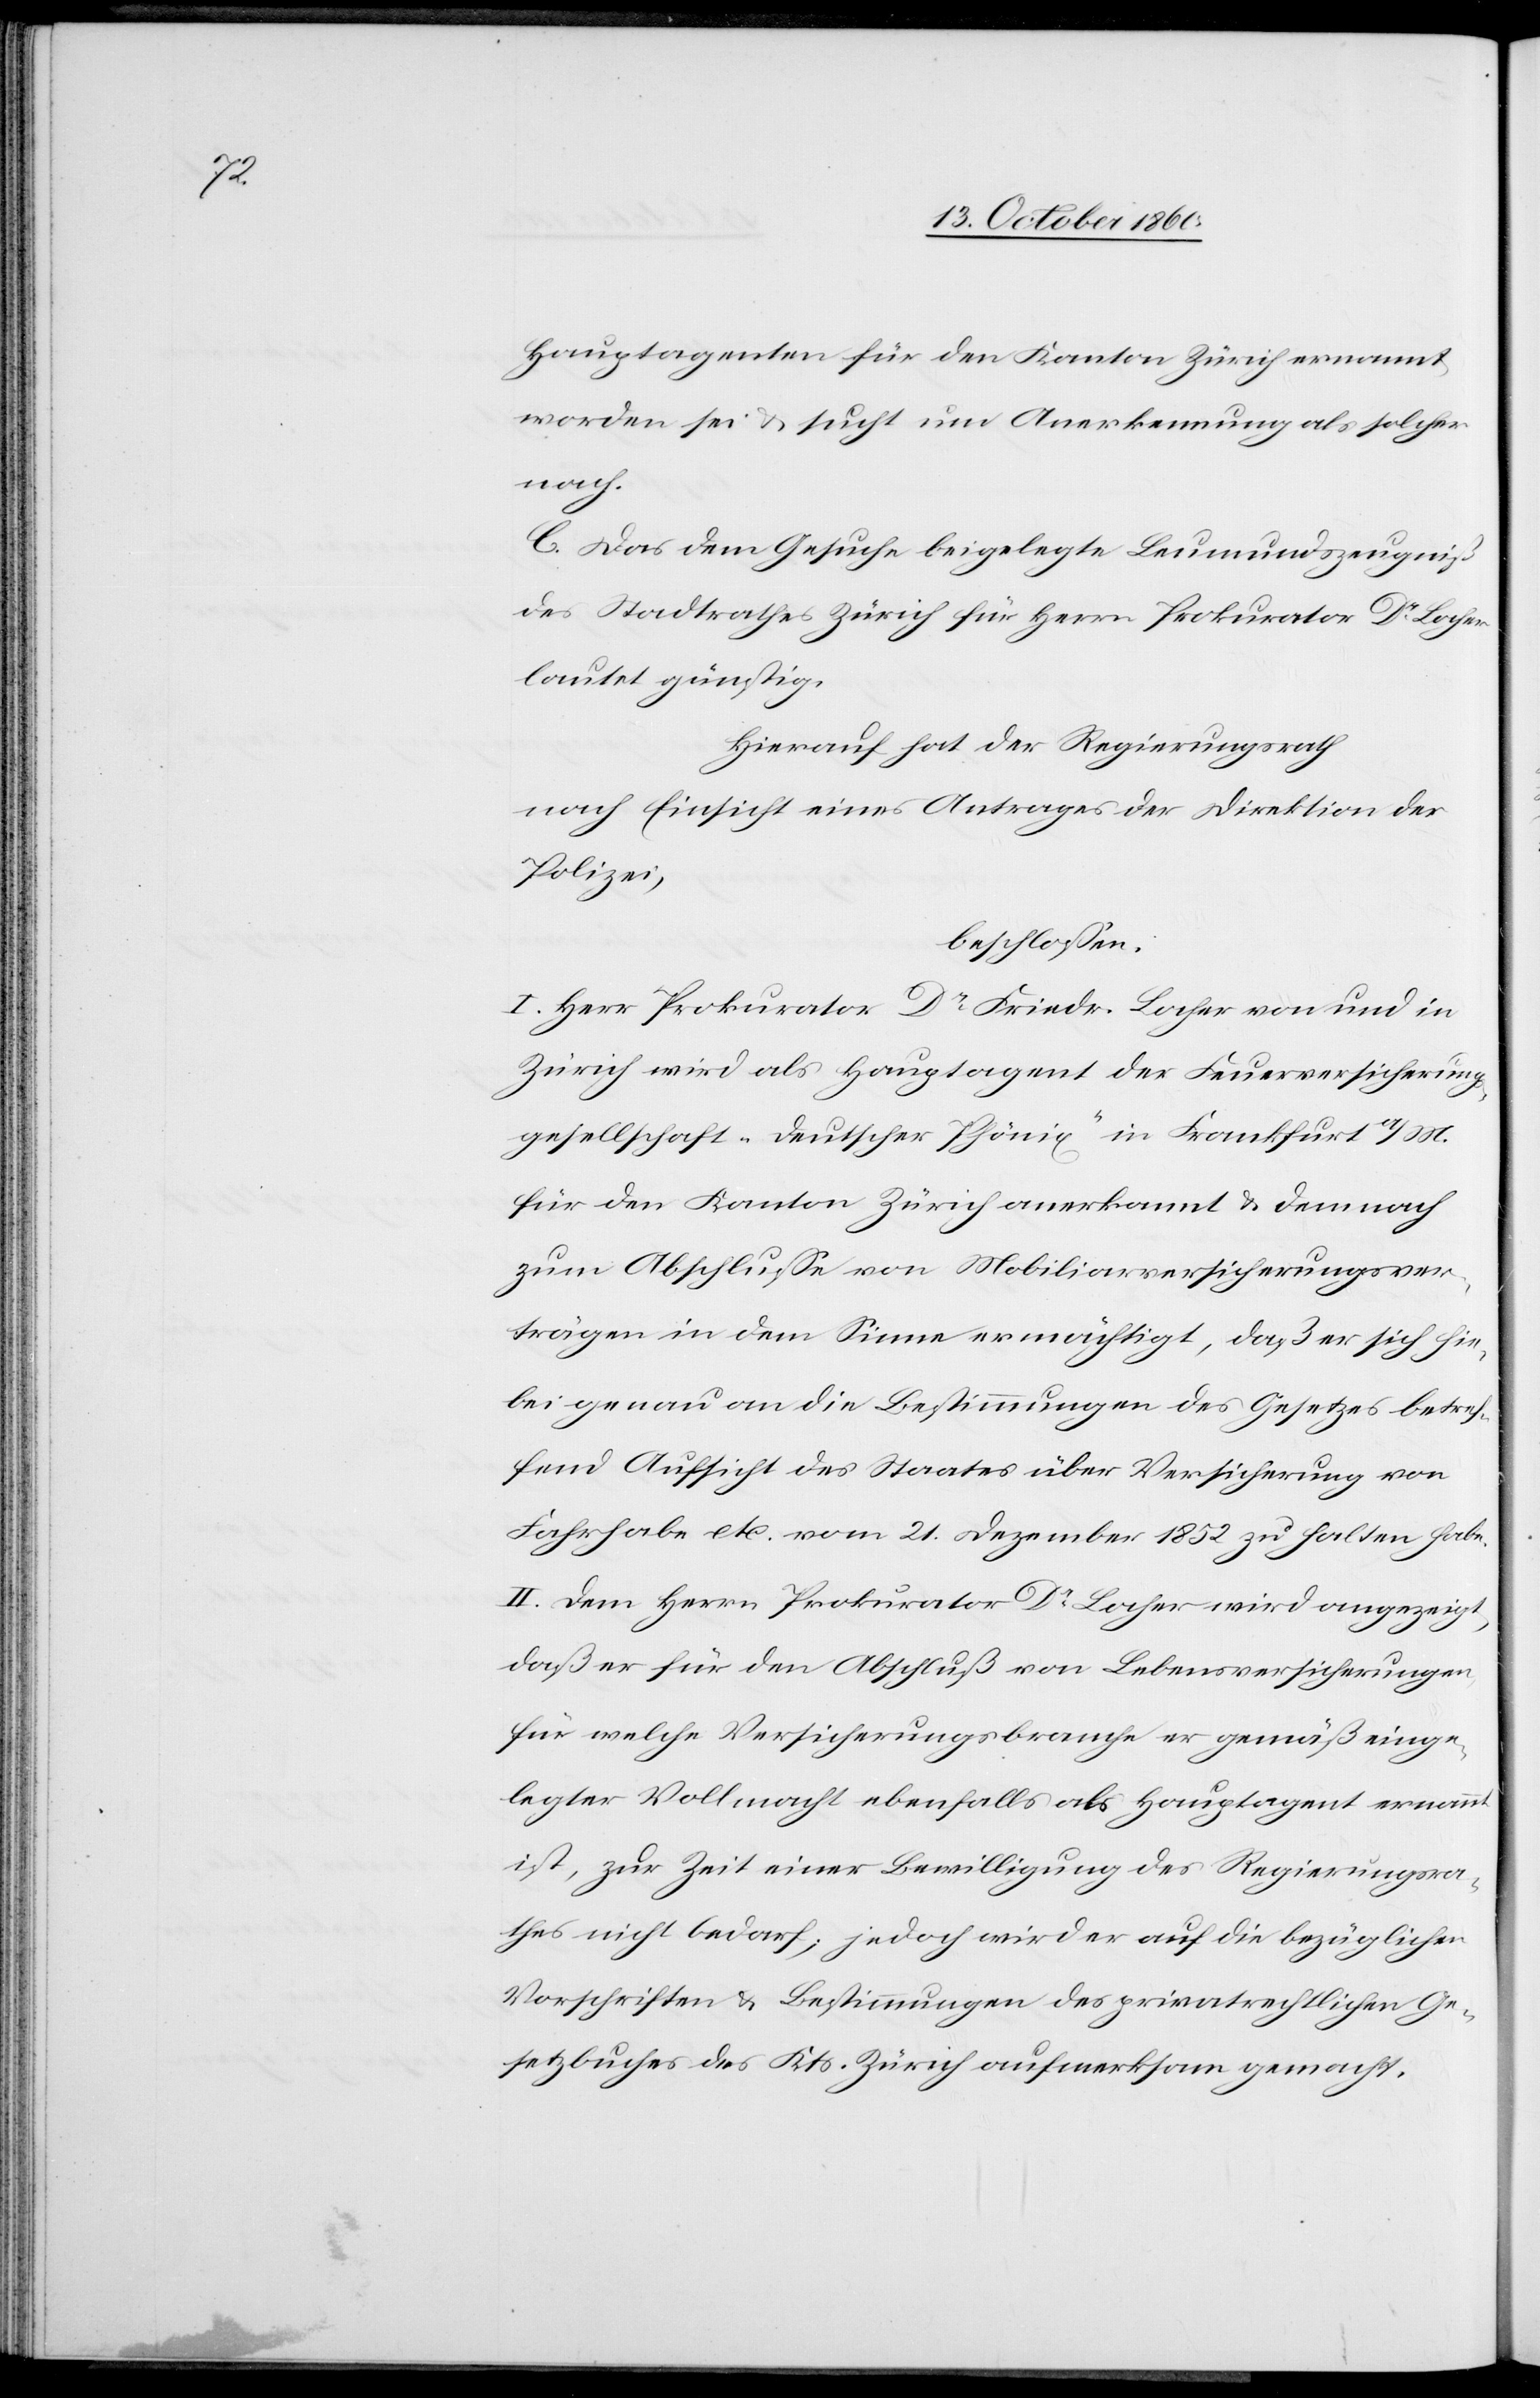
Hauptagenten für den Kanton Zürich ernannt
worden sei u. sucht um Anerkennung als solcher
nach.
C. Das dem Gesuche beigelegte Leumundszeugniß
des Stadtrathes Zürich für Herrn Prokurator Dr Locher
lautet günstig.
Hierauf hat der Regierungsrath
nach Einsicht eines Antrages der Direktion der
Polizei,
beschlossen:
I. Herr Prokurator Dr Friedr. Locher von und in
Zürich wird als Hauptagent der Feuerversicherungs¬
gesellschaft „deutscher Phönix“ in Frankfurt a/M.
für den Kanton Zürich anerkannt u. demnach
zum Abschluße von Mobiliarversicherungsver¬
trägen in dem Sinne ermächtigt, daß er sich hie¬
bei genau an die Bestimmungen des Gesetzes betref¬
fend Aufsicht des Staates über Versicherung von
Fahrhabe etc. vom 21. Dezember 1852 zu halten habe.
II. Dem Herrn Prokurator Dr Locher wird angezeigt,
daß er für den Abschluß von Lebensversicherungen,
für welche Versicherungsbranche er gemäß einge¬
legter Vollmacht ebenfalls als Hauptagent ernannt
ist, zur Zeit einer Bewilligung des Regierungsra¬
thes nicht bedarf; jedoch wird er auf die bezüglichen
Vorschriften u. Bestimmungen des privatrechtlichen Ge¬
setzbuches des Kts. Zürich aufmerksam gemacht.